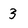
Character: 3